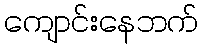
ကျောင်းနေဘက်